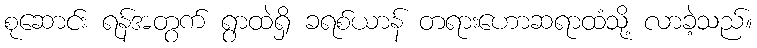
စုဆောင်း ရန်အတွက် ရွာထဲရှိ ခရစ်ယာန် တရားဟောဆရာထံသို့ လာခဲ့သည်။